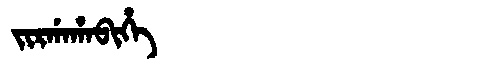
Manchu: ᠵᡳᡵᡤᠠᡥᠠᠪᡳᡥᡝ
Romanization: JIRGAHABIHE